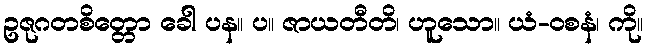
ဥဇုဂတစိတ္တော ခေါ ပန။ ပ။ ဇာယတီတိ၊ ဟူသော။ ယံ-ဝစနံ၊ ကို။